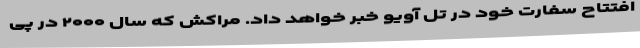
افتتاح سفارت خود در تل آویو خبر خواهد داد. مراکش که سال ۲۰۰۰ در پی